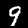
Label: 9